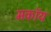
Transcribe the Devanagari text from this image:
मकॉय